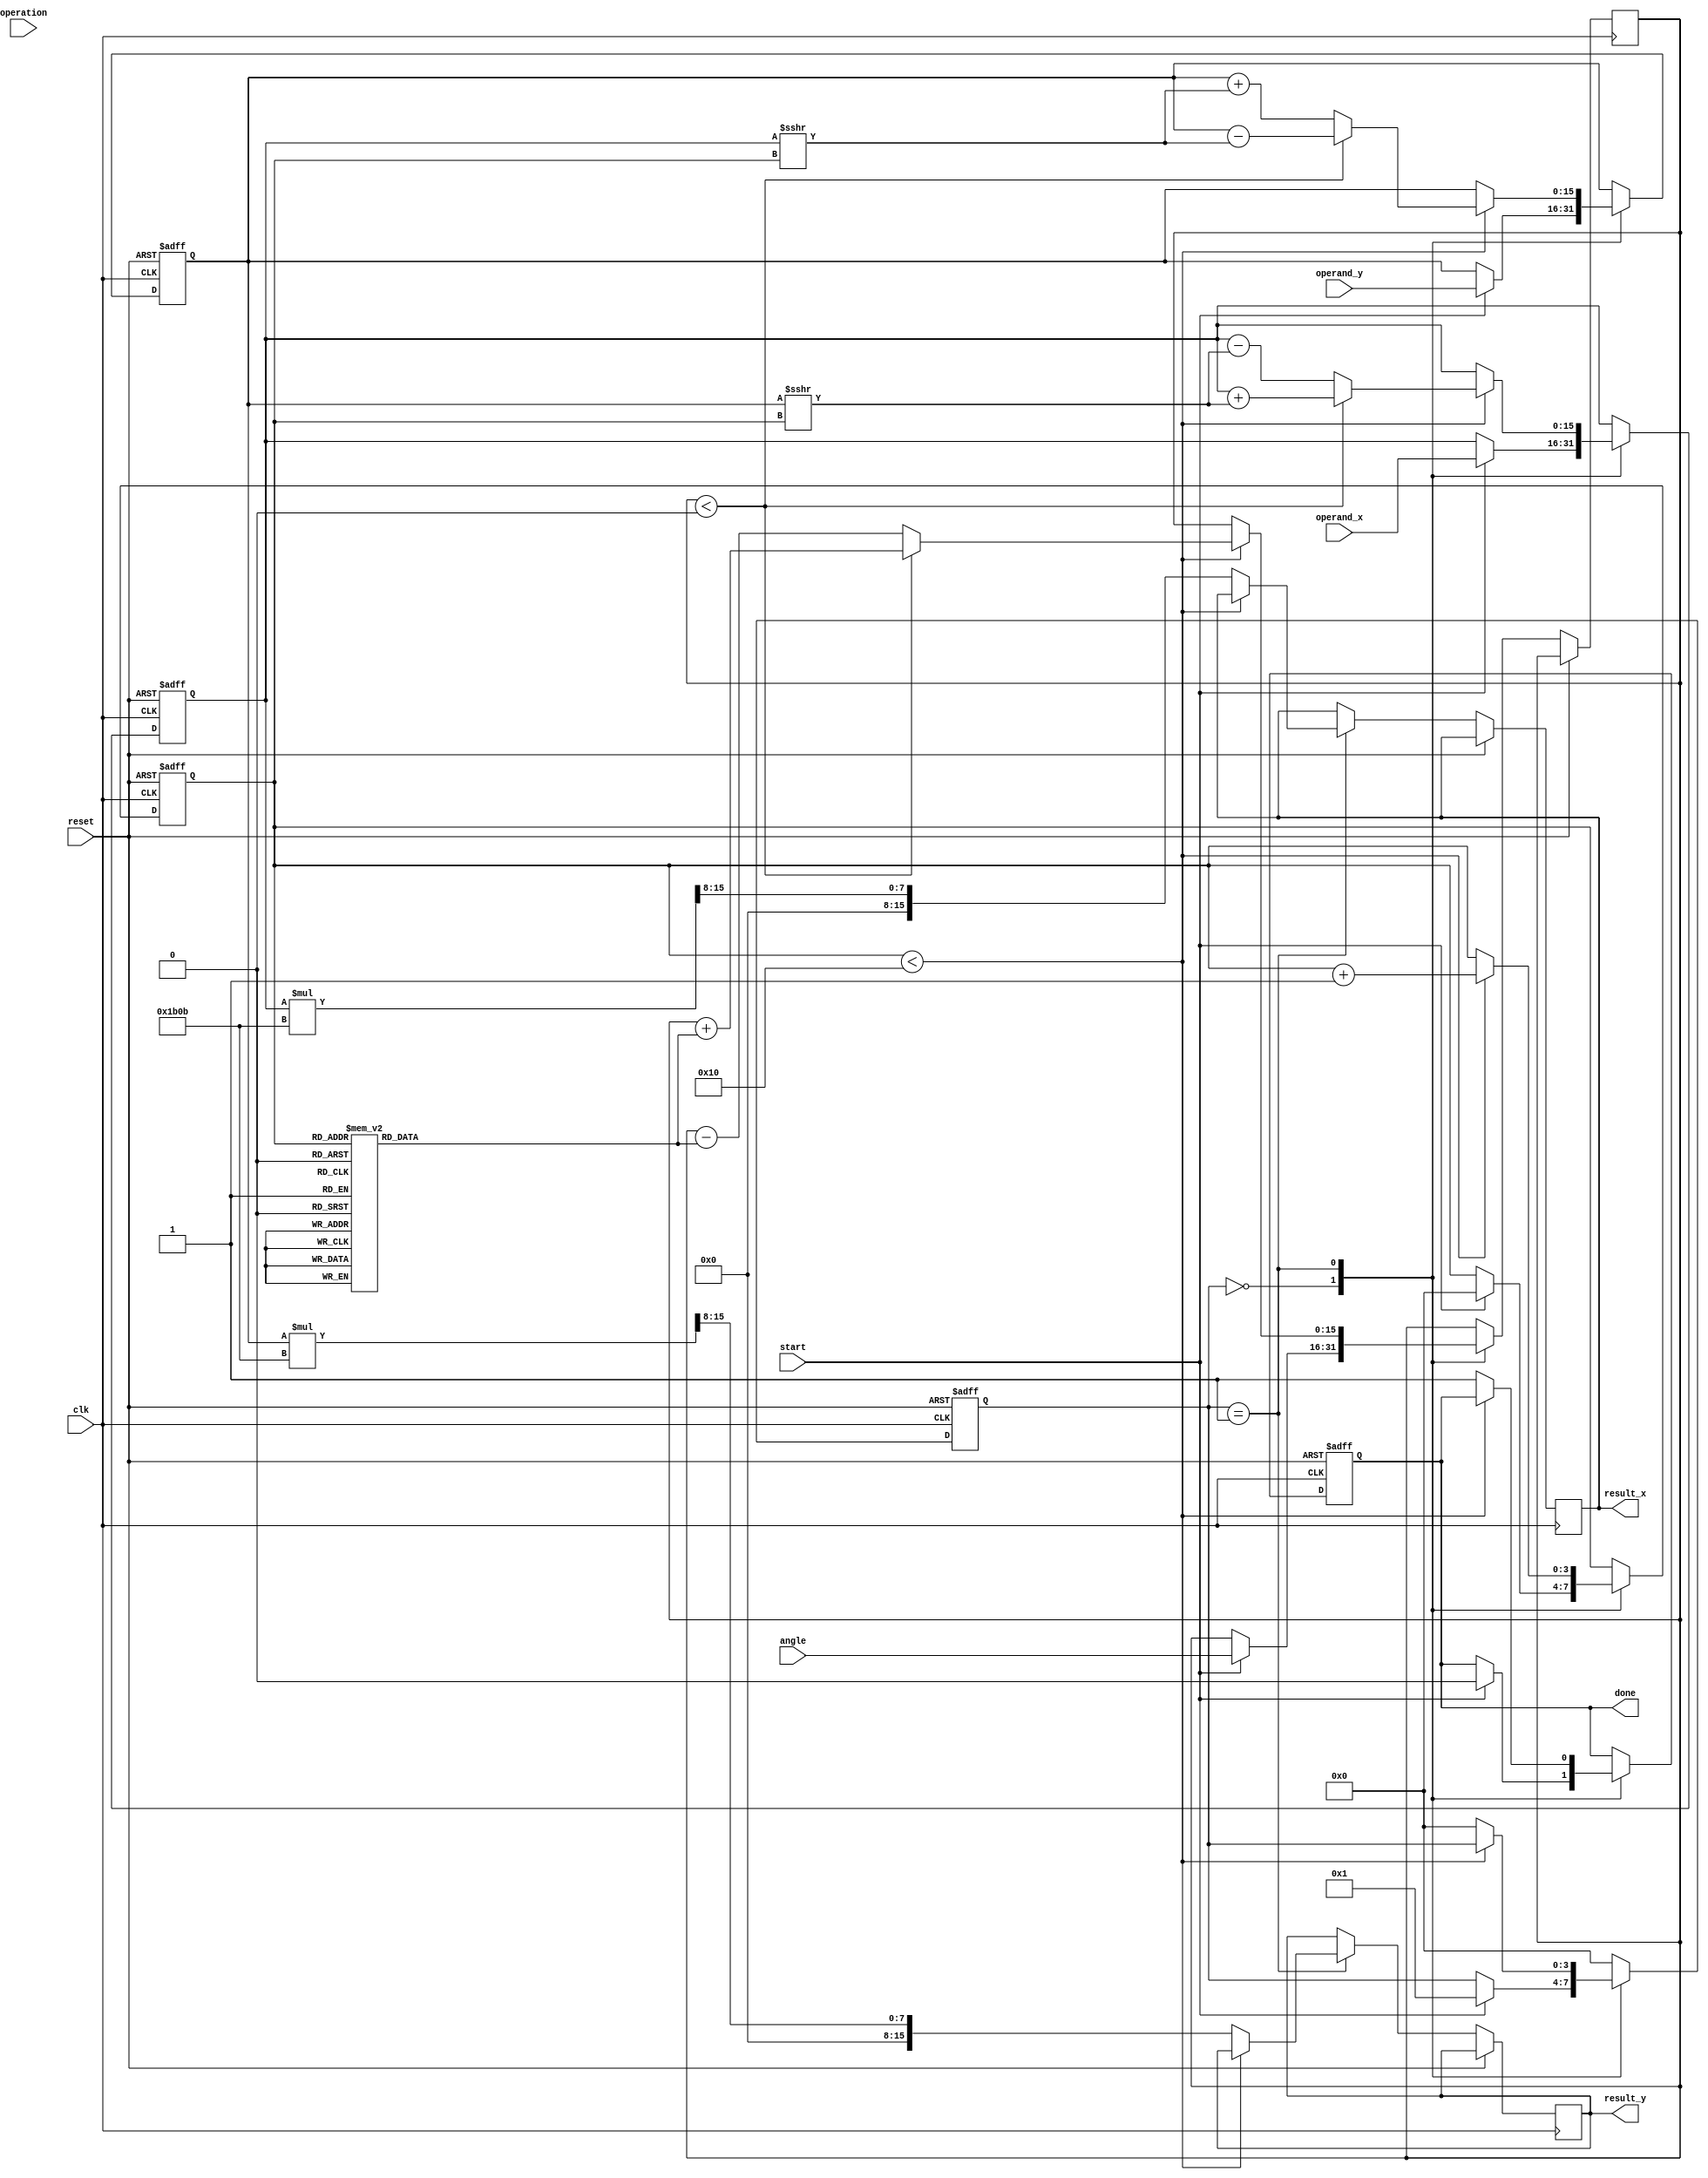
module CORDIC (
    input wire clk,
    input wire reset,
    input wire start,
    input wire [15:0] angle,            // Fixed-point angle input
    input wire [15:0] operand_x,        // Fixed-point X operand
    input wire [15:0] operand_y,        // Fixed-point Y operand
    input wire [1:0] operation,         // 00: Rotation, 01: Vectoring, etc.
    output reg [15:0] result_x,         // Result X output
    output reg [15:0] result_y,         // Result Y output
    output reg done                      // Operation complete flag
);

parameter N_ITERATIONS = 16;             // Number of iterations for CORDIC
reg [15:0] x, y, z;                       // CORDIC working registers
reg [15:0] atan_table [0:N_ITERATIONS-1]; // Lookup table for arctangent values
reg [3:0] state;                          // State machine state variable
reg [3:0] iteration;                      // Iteration counter
reg [15:0] scale_factor;                  // Scaling factor for output correction

// Initialize arctangent values (for 16 iterations)
initial begin
    atan_table[0] = 16'h3243; // 45 degrees
    atan_table[1] = 16'h1DAC; // 26.565 degrees
    atan_table[2] = 16'h0CD9; // 14.036 degrees
    // ... (populate remaining values)
    atan_table[15] = 16'h007A; // 0.4636 degrees
    scale_factor = 16'h1B0B;    // Scaling factor (for 16 iterations)
end

// State machine for CORDIC operation control
always @(posedge clk or posedge reset) begin
    if (reset) begin
        state <= 0;
        iteration <= 0;
        x <= 16'h0000;
        y <= 16'h0000;
        done <= 0;
    end else begin
        case(state)
            0: begin
                if (start) begin
                    x <= operand_x;
                    y <= operand_y;
                    z <= angle;
                    iteration <= 0;
                    done <= 0;
                    state <= 1; // Move to iteration
                end
            end
            1: begin // Iteration stage
                if (iteration < N_ITERATIONS) begin
                    if (z < 0) begin
                        // Rotate clockwise
                        x <= x + (y >>> iteration);
                        y <= y - (x >>> iteration);
                        z <= z + atan_table[iteration];
                    end else begin
                        // Rotate counter-clockwise
                        x <= x - (y >>> iteration);
                        y <= y + (x >>> iteration);
                        z <= z - atan_table[iteration];
                    end
                    iteration <= iteration + 1;
                end else begin
                    // Finalize results
                    result_x <= x * scale_factor >>> 8; // Correct for scaling
                    result_y <= y * scale_factor >>> 8; // Correct for scaling
                    done <= 1;      // Mark operation as completed
                    state <= 0;     // Reset state for next operation
                end
            end
            default: state <= 0; // Default to reset state
        endcase
    end
end

endmodule